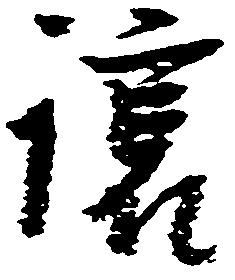
譲